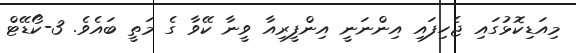
މިއަޑިކޮޅުގައި ޖެހިފައި އިންނަނީ އިންފީރިއާ ވީނާ ކޭވާ ގެ މަތީ ބައެވެ. 3-ކޯޑޭޓް